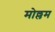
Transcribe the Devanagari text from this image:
मोल्लम